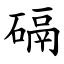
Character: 䃒